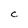
Character: C